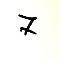
7